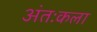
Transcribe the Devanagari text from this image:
अंतःकला